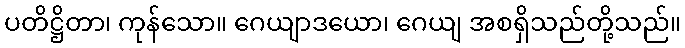
ပတိဋ္ဌိတာ၊ ကုန်သော။ ဂေယျာဒယော၊ ဂေယျ အစရှိသည်တို့သည်။